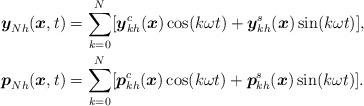
LaTeX: \begin{align*} \boldsymbol{y}_{N h}(\boldsymbol{x},t) &= \sum_{k=0}^N [\boldsymbol{y}_{kh}^c(\boldsymbol{x}) \cos(k \omega t) + \boldsymbol{y}_{kh}^s(\boldsymbol{x}) \sin(k \omega t)], \\ \boldsymbol{p}_{N h}(\boldsymbol{x},t) &= \sum_{k=0}^N [\boldsymbol{p}_{kh}^c(\boldsymbol{x}) \cos(k \omega t) + \boldsymbol{p}_{kh}^s(\boldsymbol{x}) \sin(k \omega t)].\end{align*}